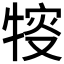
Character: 𤚔